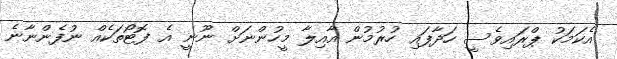
އެކަމަކު ޕްރައިވެސީ ހަދާފައި ހުރުމުން އާއިލާ މީހުންނަށް ނޫނީ އެ ފޮޓޯތަކެއް ނުފެންނާނެ